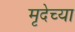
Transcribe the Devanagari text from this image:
मृदेच्या